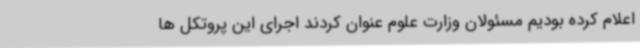
اعلام کرده بودیم مسئولان وزارت علوم عنوان کردند اجرای این پروتکل ها